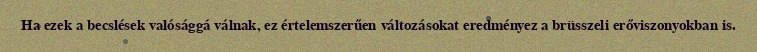
Ha ezek a becslések valósággá válnak, ez értelemszerűen változásokat eredményez a brüsszeli erőviszonyokban is.